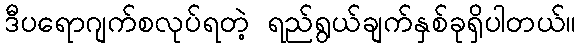
ဒီပရောဂျက်စလုပ်ရတဲ့ ရည်ရွယ်ချက်နှစ်ခုရှိပါတယ်။